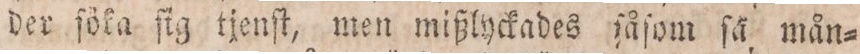
der ſöka ſig tjenſt, men mißlyckades ſåſom ſå, mån=